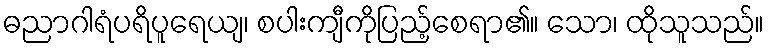
ဓညာဂါရံပရိပူရေယျ၊ စပါးကျီကိုပြည့်စေရာ၏။ သော၊ ထိုသူသည်။